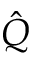
\hat { Q }